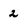
Character: 2